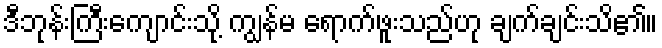
ဒီဘုန်းကြီးကျောင်းသို့ ကျွန်မ ရောက်ဖူးသည်ဟု ချက်ချင်းသိ၏။